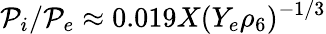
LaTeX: \mathcal{P}_{i}/\mathcal{P}_{e}\approx0.019X(Y_{e}\rho_{6})^{-1/3}